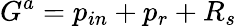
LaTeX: G^{a}=p_{in}+p_{r}+R_{s}